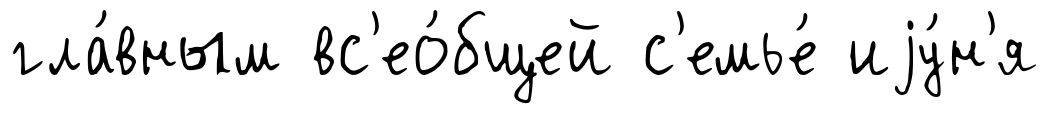
гла́вным вс'ео́бщей с'емье́ иjу́н'я